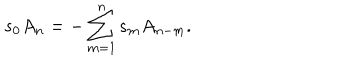
s _ { 0 } A _ { n } = - \sum _ { m = 1 } ^ { n } s _ { m } A _ { n - m } .